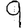
Digit: 9